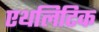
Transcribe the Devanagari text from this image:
एथलिटिक